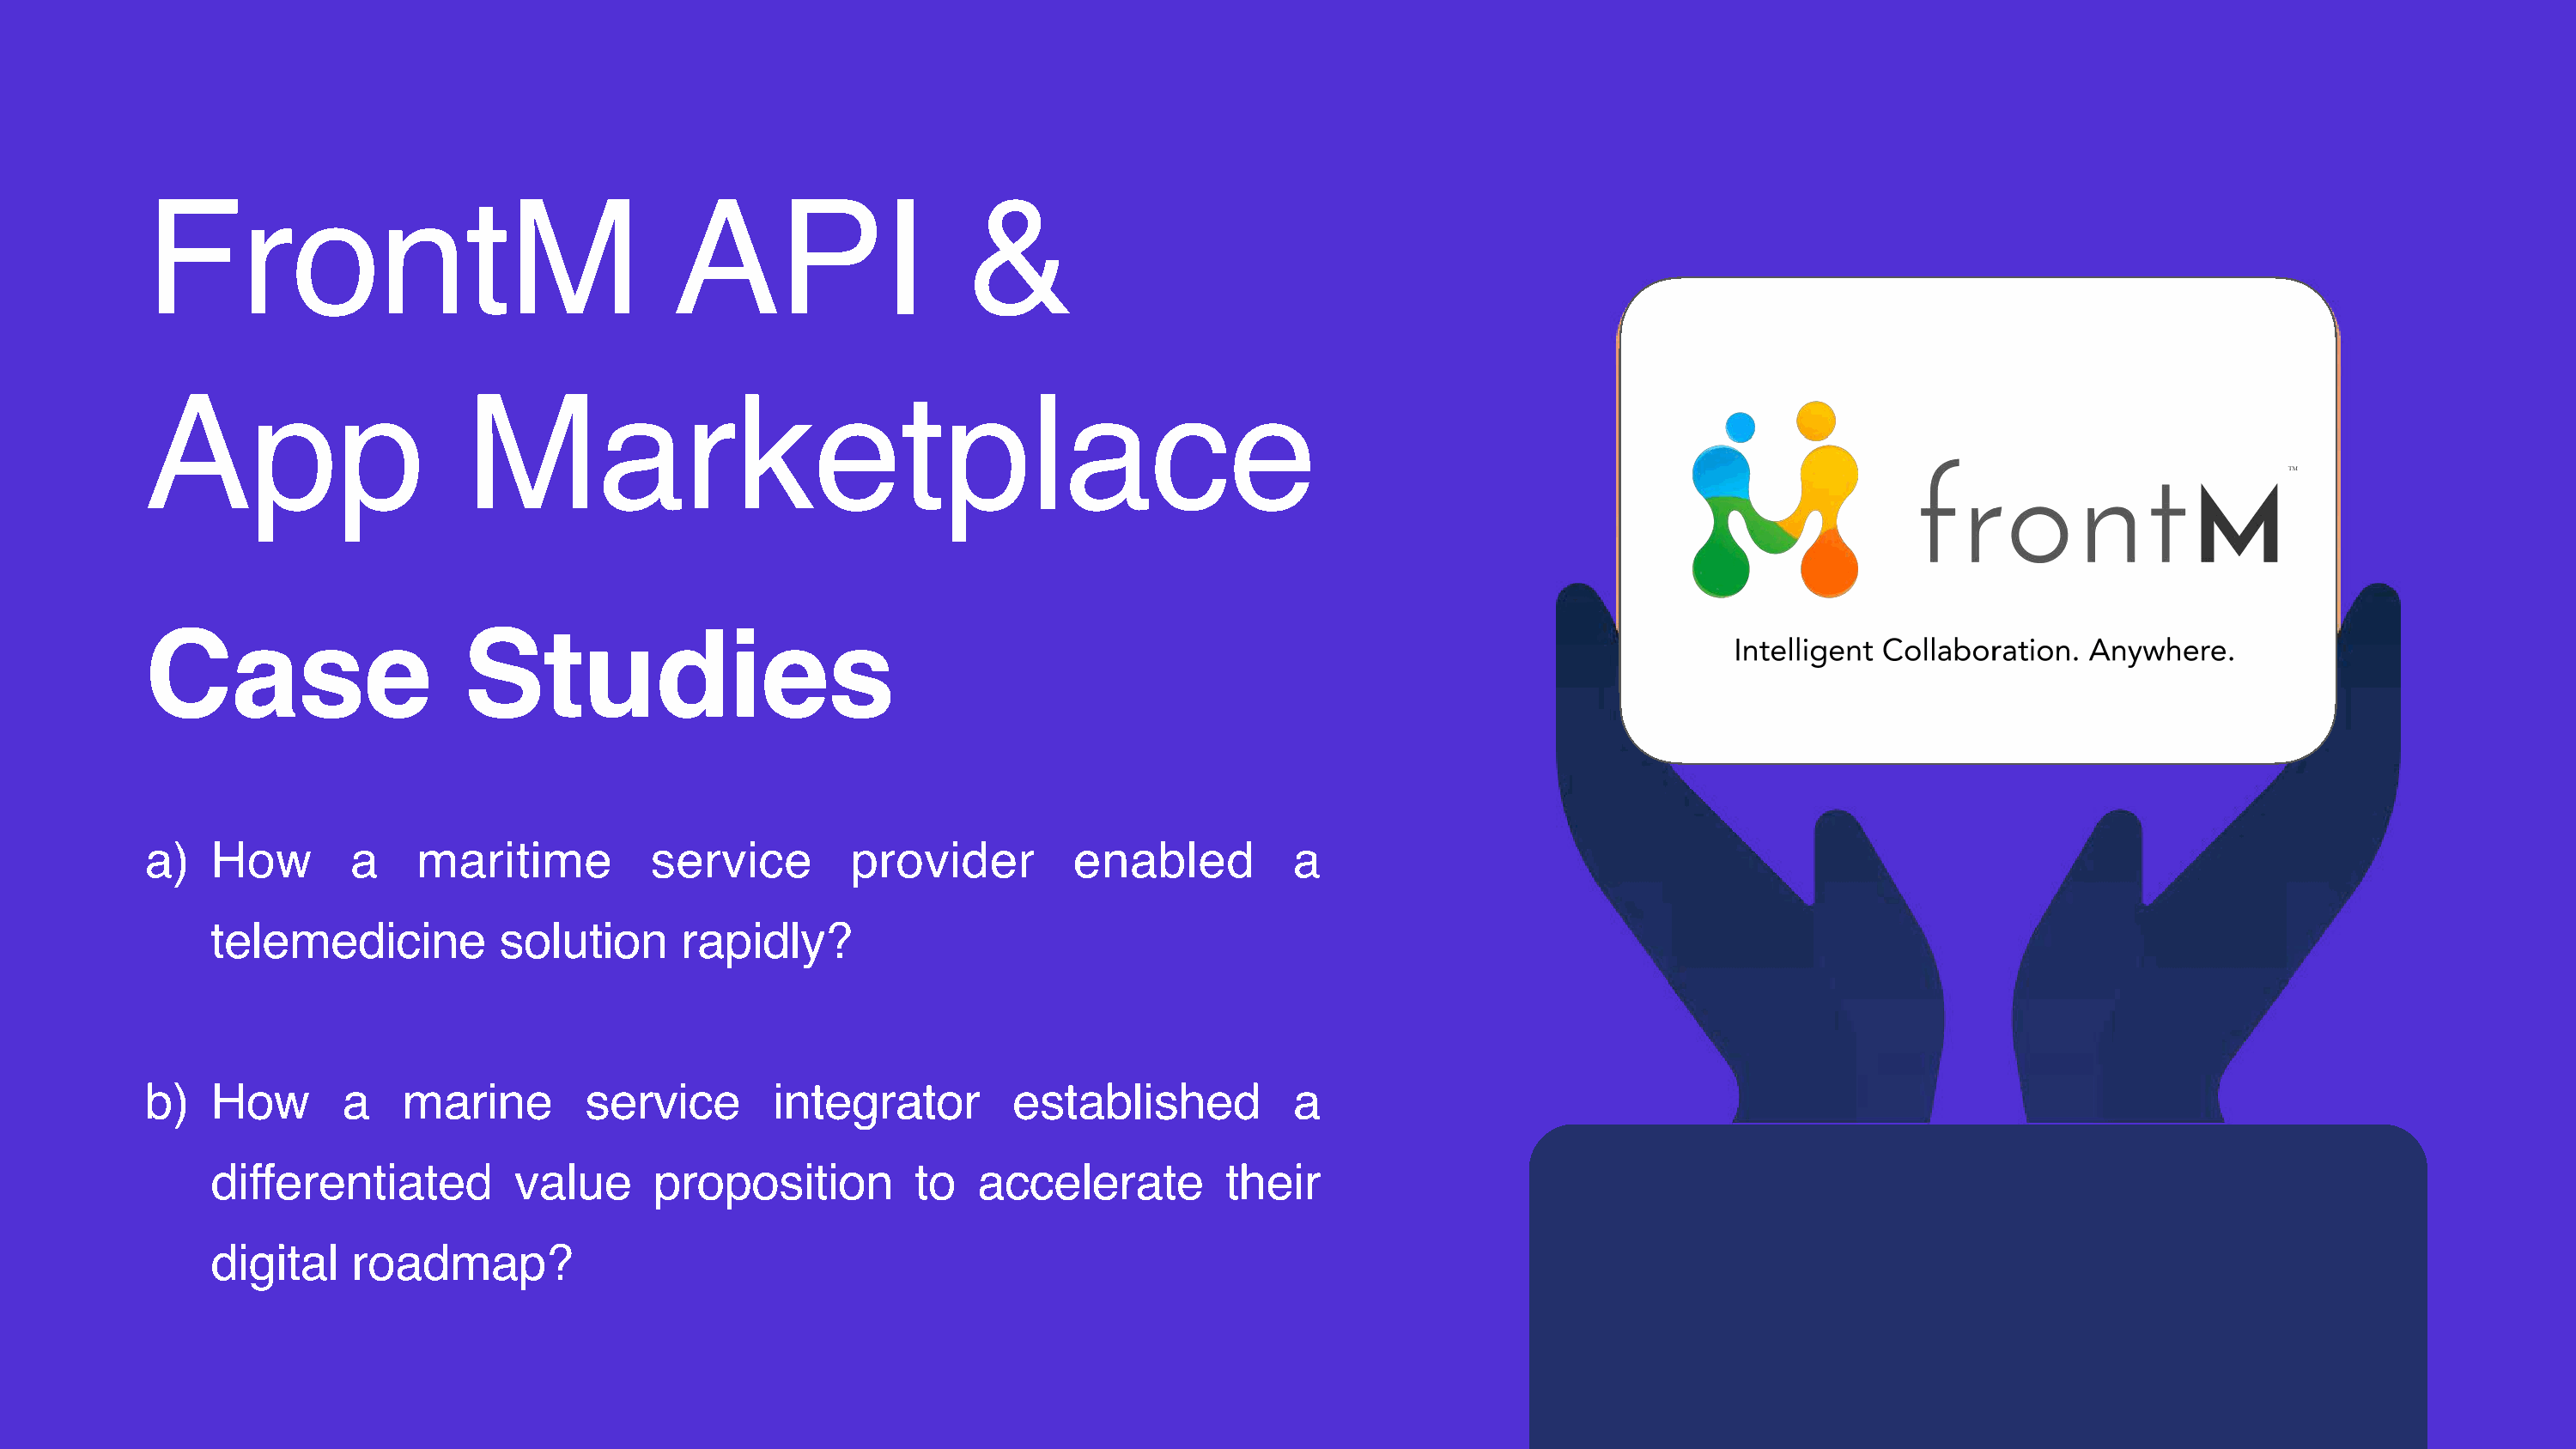
FrontM                                   API                    &
 App                      Marketplace
 Case                     Studies
 a)   How        a    maritime          service         provider         enabled          a
 telemedicine          solution       rapidly?
 b)   How       a    marine        service        integrator        established           a
 differentiated          value     proposition          to  accelerate         their
 digital    roadmap?